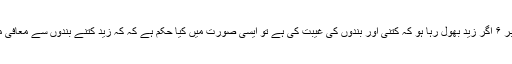
سوال نمبر ۶ اگر زید بھول رہا ہو کہ کتنی اور بندوں کی غیبت کی ہے تو ایسی صورت میں کیا حکم ہے کہ کہ زید کتنے بندوں سے معافی مانگے ؟